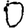
Digit: 0